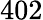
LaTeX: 402